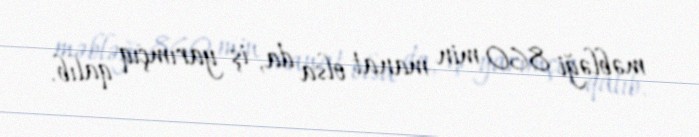
məbləği 860 min manat olsa da, iş yarımçıq qalıb.